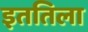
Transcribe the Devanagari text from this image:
इततिला